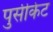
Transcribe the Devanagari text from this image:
पुसीकेट